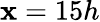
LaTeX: \mathbf{x}=15h